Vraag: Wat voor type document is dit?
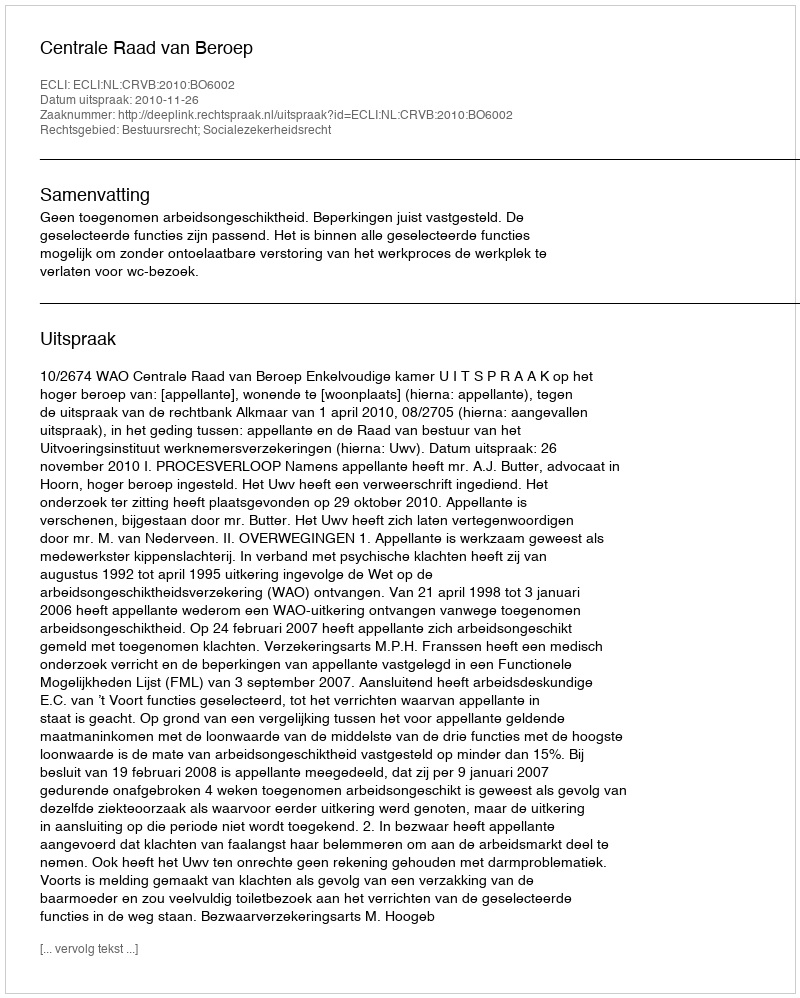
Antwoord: Uitspraak